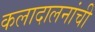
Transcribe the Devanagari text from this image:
कलादालनांची